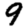
Digit: 9